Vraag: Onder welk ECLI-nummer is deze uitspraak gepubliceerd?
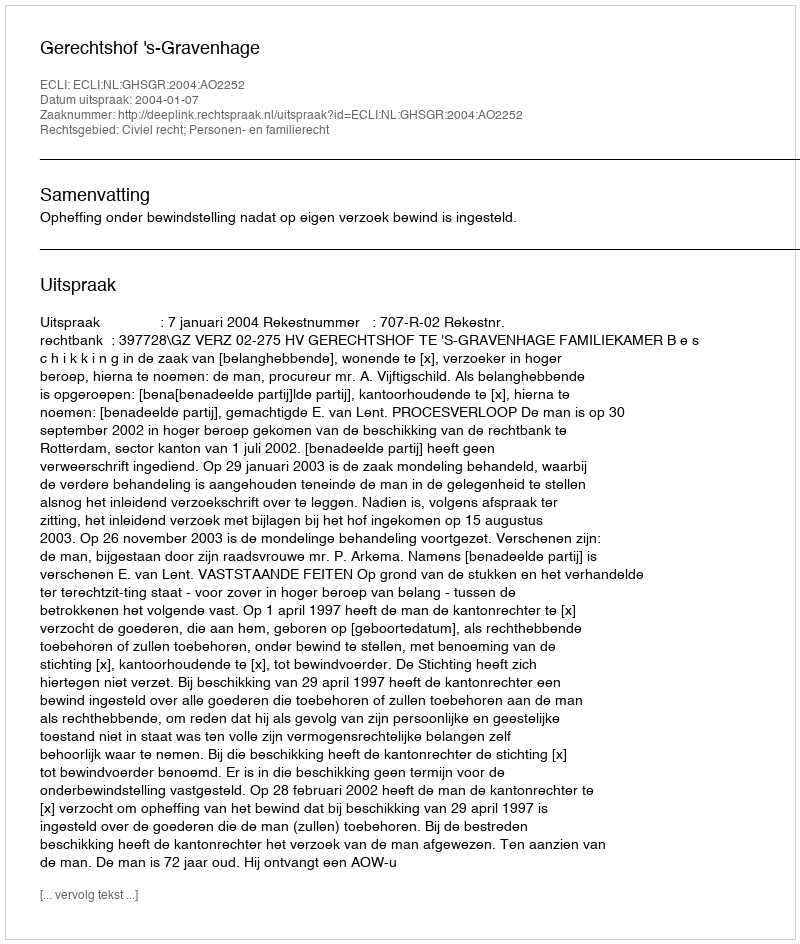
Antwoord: ECLI:NL:GHSGR:2004:AO2252